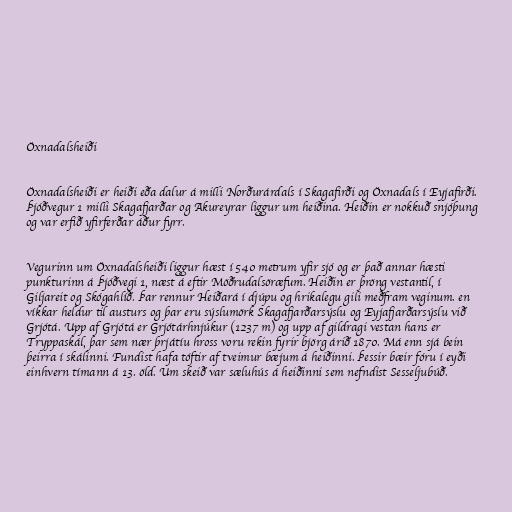
Öxnadalsheiði

Öxnadalsheiði er heiði eða dalur á milli Norðurárdals í Skagafirði og Öxnadals í Eyjafirði.
Þjóðvegur 1 milli Skagafjarðar og Akureyrar liggur um heiðina. Heiðin er nokkuð snjóþung
og var erfið yfirferðar áður fyrr.

Vegurinn um Öxnadalsheiði liggur hæst í 540 metrum yfir sjó og er það annar hæsti
punkturinn á Þjóðvegi 1, næst á eftir Möðrudalsöræfum. Heiðin er þröng vestantil, í
Giljareit og Skógahlíð. Þar rennur Heiðará í djúpu og hrikalegu gili meðfram veginum. en
víkkar heldur til austurs og þar eru sýslumörk Skagafjarðarsýslu og Eyjafjarðarsýslu við
Grjótá. Upp af Grjótá er Grjótárhnjúkur (1237 m) og upp af gildragi vestan hans er
Tryppaskál, þar sem nær þrjátíu hross voru rekin fyrir björg árið 1870. Má enn sjá bein
þeirra í skálinni. Fundist hafa tóftir af tveimur bæjum á heiðinni. Þessir bæir fóru í eyði
einhvern tímann á 13. öld. Um skeið var sæluhús á heiðinni sem nefndist Sesseljubúð.